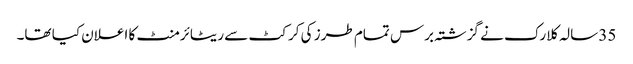
35 سالہ کلارک نے گزشتہ برس تمام طرز کی کرکٹ سے ریٹائرمنٹ کا اعلان کیا تھا۔